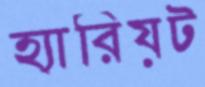
হ্যারিয়ট